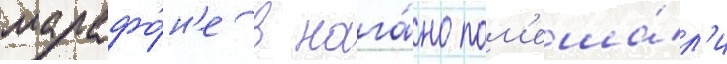
марафо́н'е в нага́но пом'еша́л'и